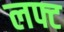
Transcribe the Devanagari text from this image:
लफ्ट